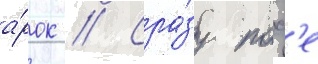
а́рок // Сра́зу посл'е